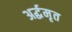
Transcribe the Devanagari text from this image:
अर्द्धमृत